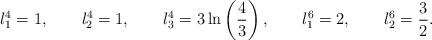
\begin{align*}l_1^4=1, \qquad l_2^4=1, \qquad l_3^4=3\ln\left(\frac{4}{3}\right),\qquad l_1^6=2, \qquad l_2^6=\frac{3}{2}.\end{align*}